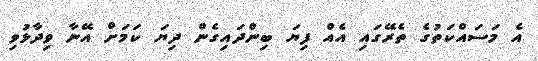
އެ މަސައްކަތުގެ ތެރޭގައި އެއް ފިޔަ ބިންދައިގެން ދިޔަ ކަމަށް އޭނާ ވިދާޅުވި